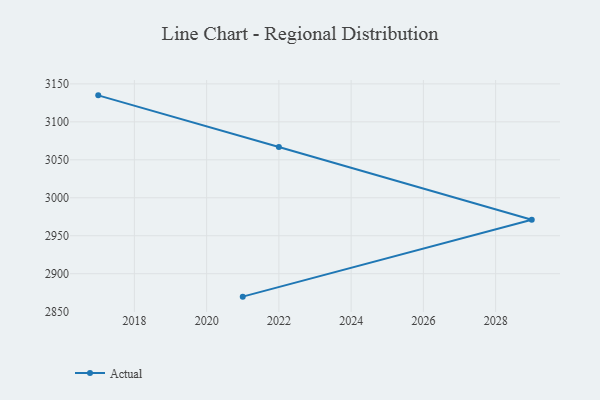
{"axis": {"x": "Year", "y": "Production Output"}, "legend": ["Actual"], "data": [{"x": "2021", "y": 2869.8, "type": "Actual"}, {"x": "2029", "y": 2971.0, "type": "Actual"}, {"x": "2022", "y": 3066.9, "type": "Actual"}, {"x": "2017", "y": 3134.9, "type": "Actual"}]}